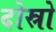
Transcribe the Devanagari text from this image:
दोस्रो